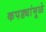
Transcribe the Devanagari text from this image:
कपड्यांमूळे